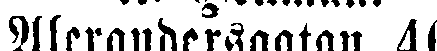
Alexandersgatan 40